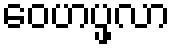
ဝေဟပ္ဖလာ